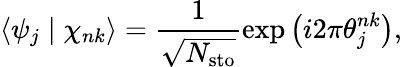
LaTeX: \left\langle\psi_{j}\mid\chi_{nk}\right\rangle=\frac{1}{\sqrt{N_{\mathrm{sto}}}}\exp\left(i2\pi\theta_{j}^{nk}\right),